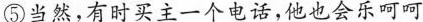
⑤当然，有时买主一个电话，他也会乐呵呵